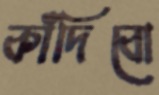
কাঁদিবো